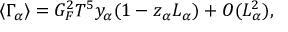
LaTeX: \langle \Gamma _ { \alpha } \rangle = G _ { F } ^ { 2 } T ^ { 5 } y _ { \alpha } ( 1 - z _ { \alpha } L _ { \alpha } ) + O ( L _ { \alpha } ^ { 2 } ) ,